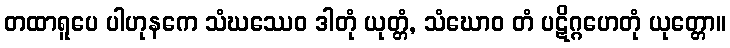
တထာရူပေ ပါဟုနကေ သံဃဿေဝ ဒါတုံ ယုတ္တံ, သံဃောဝ တံ ပဋိဂ္ဂဟေတုံ ယုတ္တော။